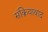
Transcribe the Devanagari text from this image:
संक्रियावाद